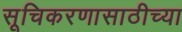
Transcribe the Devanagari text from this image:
सूचिकरणासाठीच्या